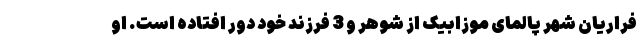
فراریان شهر پالمای موزابیک از شوهر و 3 فرزند خود دور افتاده است. او